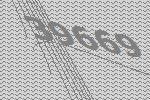
39669